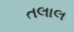
તલાલ